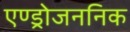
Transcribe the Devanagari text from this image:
एण्ड्रोजननिक